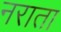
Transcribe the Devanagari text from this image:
नराता